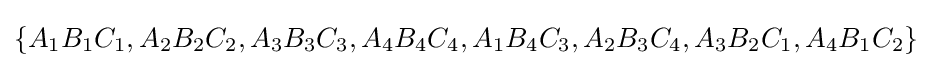
\{A_{1}B_{1}C_{1},A_{2}B_{2}C_{2},A_{3}B_{3}C_{3},A_{4}B_{4}C_{4},A_{1}B_{4}C_{3},A_{2}B_{3}C_{4},A_{3}B_{2}C_{1},A_{4}B_{1}C_{2}\}